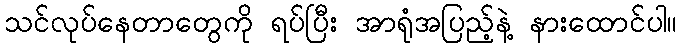
သင်လုပ်နေတာတွေကို ရပ်ပြီး အာရုံအပြည့်နဲ့ နားထောင်ပါ။